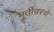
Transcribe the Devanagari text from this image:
मूर्तीवरचे